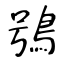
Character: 鴞